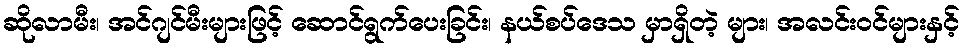
ဆိုလာမီး၊ အင်ဂျင်မီးများဖြင့် ဆောင်ရွက်ပေးခြင်း၊ နယ်စပ်ဒေသ မှာရှိတဲ့ များ၊ အလင်းဝင်များနှင့်